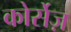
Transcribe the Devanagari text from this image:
कोर्सेज़